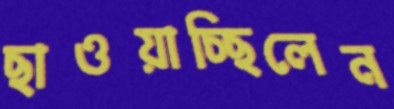
ছাওয়াচ্ছিলেন